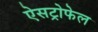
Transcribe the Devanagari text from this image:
ऐसट्रोफेल